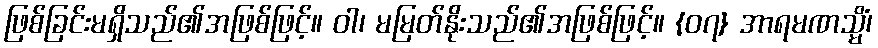
ဖြစ်ခြင်းမရှိသည်၏အဖြစ်ဖြင့်။ ဝါ၊ မမြတ်နိုးသည်၏အဖြစ်ဖြင့်။ {၀၇} အာရမဏသ္မိံ၊